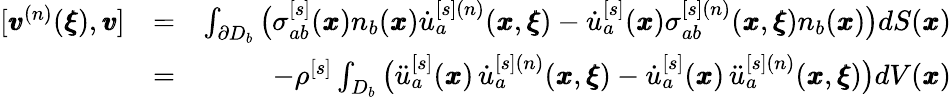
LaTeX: \begin{array}{rlr}{[{\pmb v}^{(n)}({\pmb\xi}),{\pmb v}]}&{=}&{\int_{\partial D_{b}}\big(\sigma_{ab}^{[s]}({\pmb x})n_{b}({\pmb x})\dot{u}_{a}^{[s](n)}({\pmb x},{\pmb\xi})-\dot{u}_{a}^{[s]}({\pmb x})\sigma_{ab}^{[s](n)}({\pmb x},{\pmb\xi})n_{b}({\pmb x})\big)dS({\pmb x})}\\ &{=}&{-\rho^{[s]}\int_{D_{b}}\big(\ddot{u}_{a}^{[s]}({\pmb x})\, \dot{u}_{a}^{[s](n)}({\pmb x},{\pmb\xi})-\dot{u}_{a}^{[s]}({\pmb x})\, \ddot{u}_{a}^{[s](n)}({\pmb x},{\pmb\xi})\big)dV({\pmb x})}\end{array}